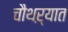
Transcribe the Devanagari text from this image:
चौथऱ्यात